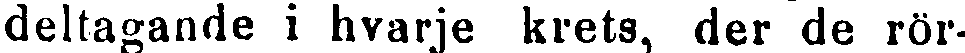
deltagande i hvarje krets, der de rör-